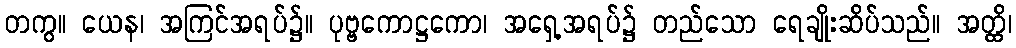
တကွ။ ယေန၊ အကြင်အရပ်၌။ ပုဗ္ဗကောဋ္ဌကော၊ အရှေ့အရပ်၌ တည်သော ရေချိုးဆိပ်သည်။ အတ္ထိ၊